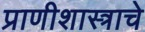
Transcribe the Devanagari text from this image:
प्राणीशास्त्राचे